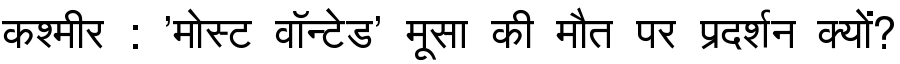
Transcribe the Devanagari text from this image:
कश्मीर : 'मोस्ट वॉन्टेड' मूसा की मौत पर प्रदर्शन क्यों?